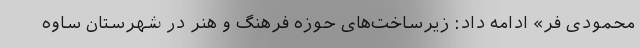
محمودی فر» ادامه داد: زیرساخت‌های حوزه فرهنگ و هنر در شهرستان ساوه